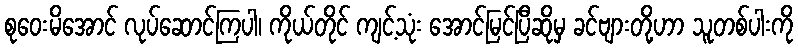
စုဝေးမိအောင် လုပ်ဆောင်ကြပါ၊ ကိုယ်တိုင် ကျင့်သုံး အောင်မြင်ပြီဆိုမှ ခင်ဗျားတို့ဟာ သူတစ်ပါးကို